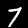
Digit: 7